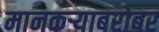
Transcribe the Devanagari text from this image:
मानकऱ्याबरोबर